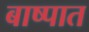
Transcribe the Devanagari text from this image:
बाष्पात